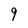
Character: 9